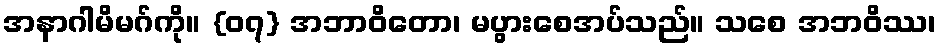
အနာဂါမိမဂ်ကို။ {၀၇} အဘာဝိတော၊ မပွားစေအပ်သည်။ သစေ အဘဝိဿ၊